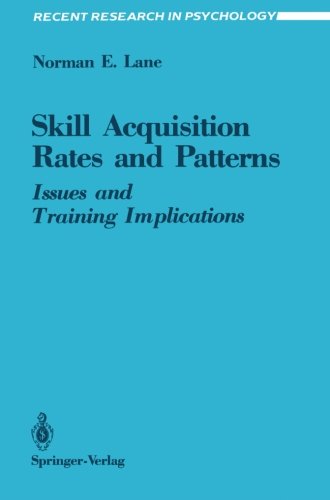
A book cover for Skill Acquisition Rates and Patterns: Issues and Training Implications (Recent Research in Psychology); Norman E. Lane; Medical Books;